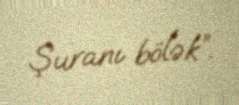
Şuranı bölək”.